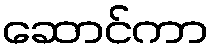
ဆောင်ကာ